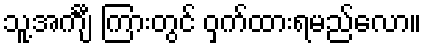
သူ့အင်္ကျီ ကြားတွင် ဝှက်ထားရမည်လော။